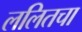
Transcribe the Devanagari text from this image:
ललितचा